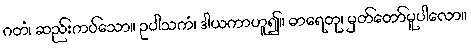
ဂတံ၊ ဆည်းကပ်သော။ ဥပါသကံ၊ ဒါယကာဟူ၍။ ဓာရေတု၊ မှတ်တော်မူပါလော။